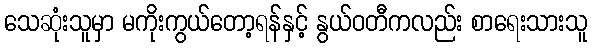
သေဆုံးသူမှာ မကိုးကွယ်တော့ရန်နှင့် နွယ်ဝတီကလည်း စာရေးသားသူ